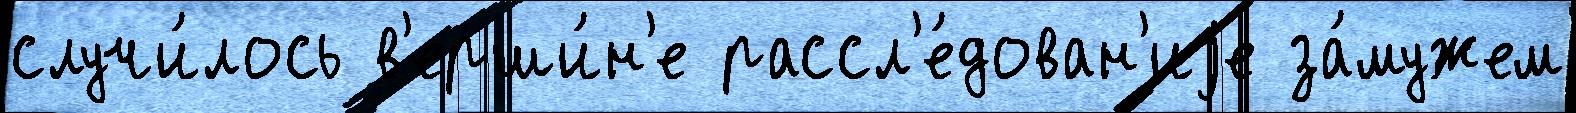
случи́лось в'ерши́н'е рассл'е́дован'иjе за́мужем